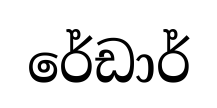
රේඩාර්